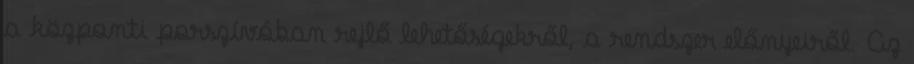
a központi porszívóban rejlő lehetőségekről, a rendszer előnyeiről. Az